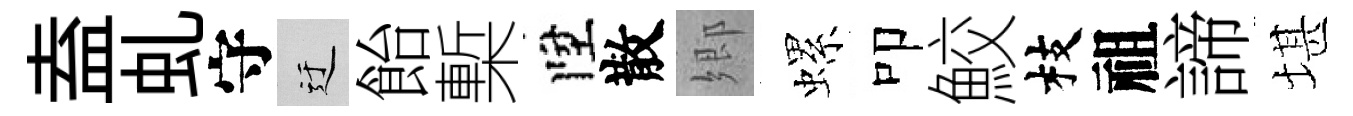
盍虬守迂飴槧陞散郷螺叩鮫枝祖諦堪